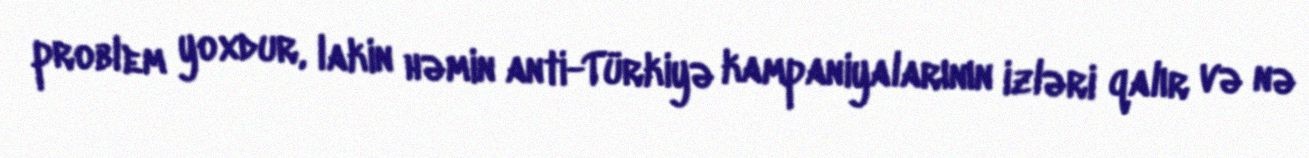
problem yoxdur, lakin həmin anti-Türkiyə kampaniyalarının izləri qalır və nə